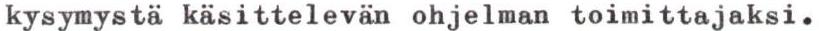
kysymystä käsittelevän ohjelman toimittajaksi.